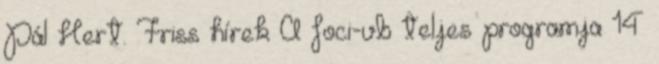
Pál Hert. Friss hírek A foci-vb teljes programja 14